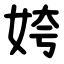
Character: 姱